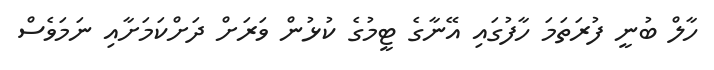
ހާލް ބުނީ ފުރަތަމަ ހާފުގައި އޭނާގެ ޓީމުގެ ކުޅުން ވަރަށް ދަށްކަމަށާއި ނަމަވެސް